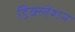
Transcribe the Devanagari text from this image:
डिक्लेंशन